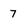
Character: 7